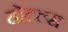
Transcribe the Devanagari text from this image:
होटल्‍स